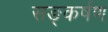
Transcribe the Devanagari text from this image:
सङ्कर्षण